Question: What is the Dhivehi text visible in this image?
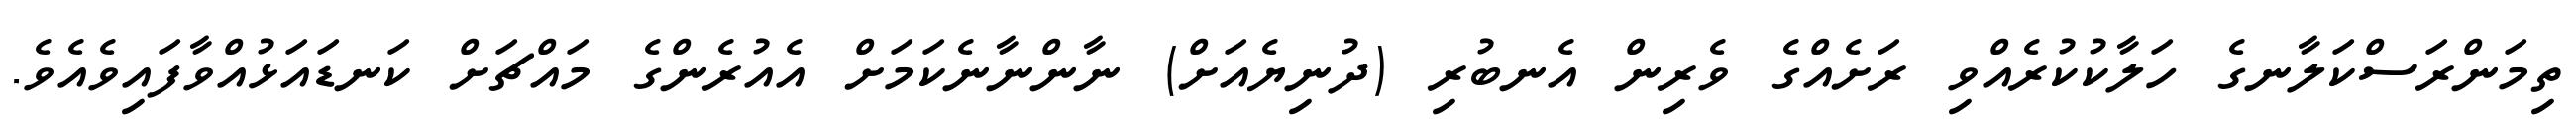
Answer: ތިމަންރަސްކަލާނގެ ހަލާކުކުރެއްވި ރަށެއްގެ ވެރިން އެނބުރި (ދުނިޔެއަށް) ނާންނާނެކަމަށް އެއުރެންގެ މައްޗަށް ކަނޑައަޅުއްވާފައިވެއެވެ.